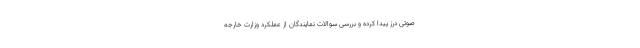
صوتی درز پیدا کرده و بررسی سوالات نمایندگان از عملکرد وزارت خارجه